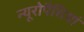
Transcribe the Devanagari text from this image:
न्यूरोपैथियां